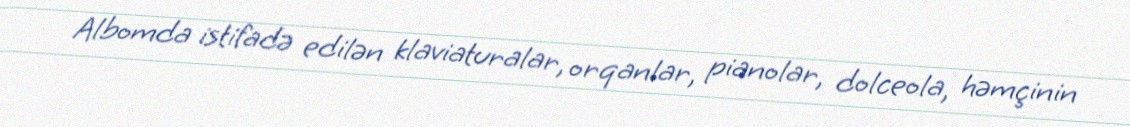
Albomda istifadə edilən klaviaturalar, orqanlar, pianolar, dolceola, həmçinin